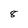
Character: 8